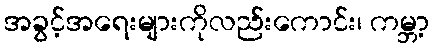
အခွင့်အရေးများကိုလည်းကောင်း၊ ကမ္ဘာ့